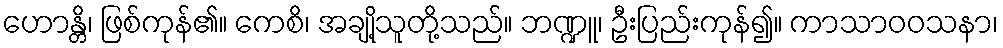
ဟောန္တိ၊ ဖြစ်ကုန်၏။ ကေစိ၊ အချို့သူတို့သည်။ ဘဏ္ဍူ၊ ဦးပြည်းကုန်၍။ ကာသာဝဝသနာ၊